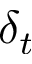
\delta _ { t }